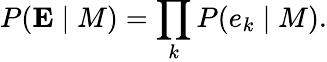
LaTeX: P(\mathbf{E}\mid M)=\prod_{k}{P(e_{k}\mid M)}.